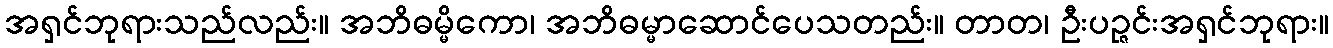
အရှင်ဘုရားသည်လည်း။ အဘိဓမ္မိကော၊ အဘိဓမ္မာဆောင်ပေသတည်း။ တာတ၊ ဦးပဉ္ဇင်းအရှင်ဘုရား။